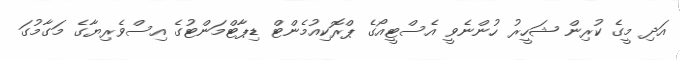
އަދި މީގެ ކުރިން ޝަހީރު ހުންނެވީ އެސްޓީއޯގެ ޕްރޮކިއުމެންޓް ޑިޕާޓްމަންޓުގެ އިސްވެރިޔާގެ މަގާމުގަ